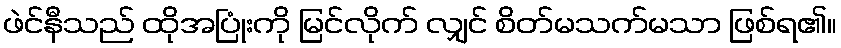
ဖဲင်နီသည် ထိုအပြုံးကို မြင်လိုက် လျှင် စိတ်မသက်မသာ ဖြစ်ရ၏။